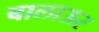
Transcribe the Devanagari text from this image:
बालाऊर